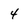
Character: 4